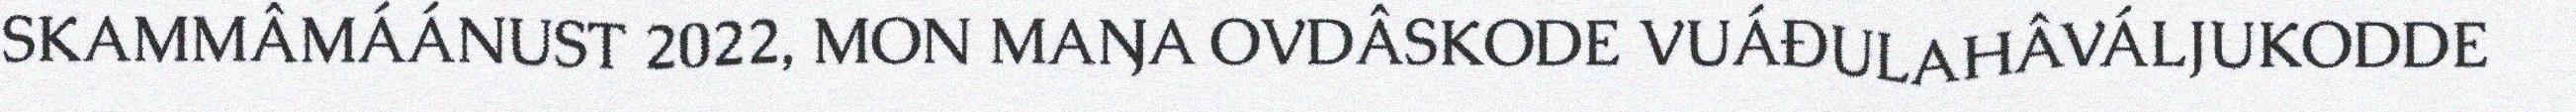
SKAMMÂMÁÁNUST 2022, MON MAŊA OVDÂSKODE VUÁĐULAHÂVÁLJUKODDE